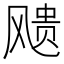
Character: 𩙬